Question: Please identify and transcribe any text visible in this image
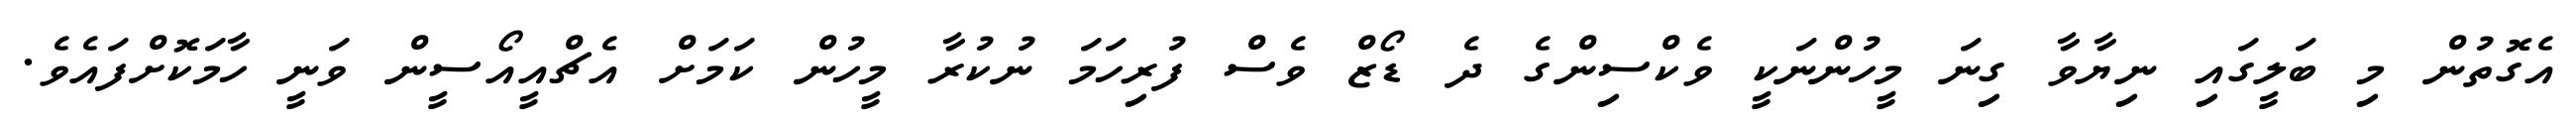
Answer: އެގޮތުން މި ބަލީގައި ނިޔާވާ ގިނަ މީހުންނަކީ ވެކްސިންގެ ދެ ޑޯޒް ވެސް ފުރިހަމަ ނުކުރާ މީހުން ކަމަށް އެޗްއީއޯސީން ވަނީ ހާމަކޮށްފައެވެ.